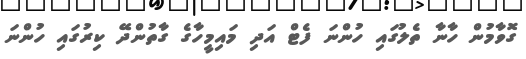
ގޮވާމުން ހާނާ ތެލުގައި ހުންނަ ފެޓް އަދި މައިމީހާގެ ގާތުންދޭ ކިރުގައި ހުންނަ